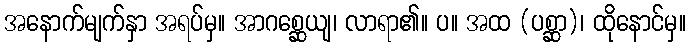
အနောက်မျက်နှာ အရပ်မှ။ အာဂစ္ဆေယျ၊ လာရာ၏။ ပ။ အထ (ပစ္ဆာ)၊ ထိုနောင်မှ။